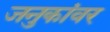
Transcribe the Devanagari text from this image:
जनुकांवर